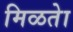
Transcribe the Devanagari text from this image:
मिळतेा